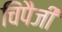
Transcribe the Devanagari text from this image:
चिंपैजी